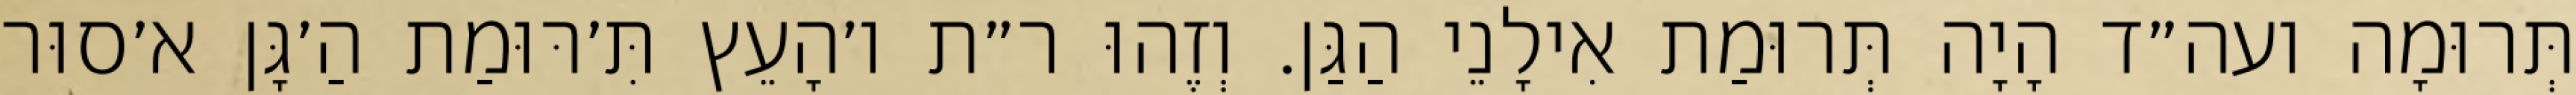
תְּרוּמָה ועה״ד הָיָה תְּרוּמַת אִילָנֵי הַגַּן. וְזֶהוּ ר״ת ו׳הָעֵץ תִּ׳רּוּמַת הַ׳גָּן א׳סוּר